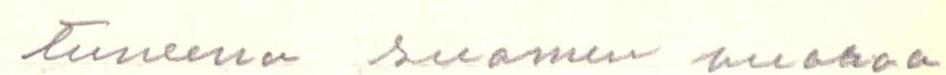
tuneena suomen vuoroa